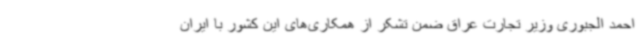
احمد الجبوری وزیر تجارت عراق ضمن تشکر از همکاری‌های این کشور با ایران